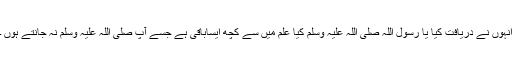
انہوں نے دریافت کیا یا رسول اللہ صلی اللہ علیہ وسلم کیا علم میں سے کچھ ایساباقی ہے جسے آپ صلی اللہ علیہ وسلم نہ جانتے ہوں ۔